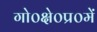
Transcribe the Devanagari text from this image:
गो०क्षे०प्र०में